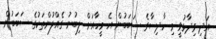
އަދި ވިދާޅުވީ މި ހާދިސާގެ ސަބަބުން އެ މީހާއަށް ލިބުނު ގެއްލުންތަކުގެ ސަބަބުން